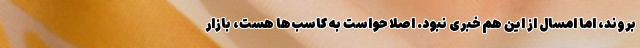
بروند، اما امسال از این هم خبری نبود. اصلا حواست به کاسب‌ها هست، بازار